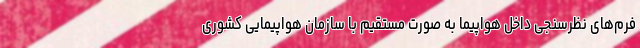
فرم‌های نظرسنجی داخل هواپیما به صورت مستقیم با سازمان هواپیمایی کشوری